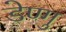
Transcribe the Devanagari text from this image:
डेण्गु